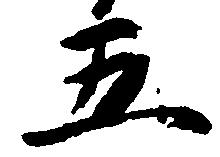
五